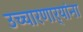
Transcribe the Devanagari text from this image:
उच्चारणार्‍यांना